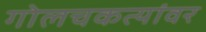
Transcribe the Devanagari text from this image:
गोलचकत्यांवर